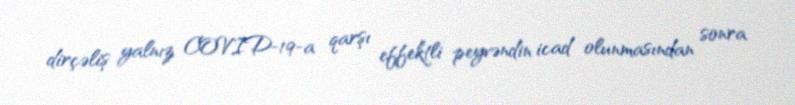
dirçəliş yalnız COVID-19-a qarşı effektli peyvəndin icad olunmasından sonra